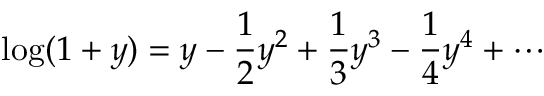
\log ( 1 + y ) = y - { \frac { 1 } { 2 } } y ^ { 2 } + { \frac { 1 } { 3 } } y ^ { 3 } - { \frac { 1 } { 4 } } y ^ { 4 } + \cdots